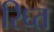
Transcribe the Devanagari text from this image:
रिघ्त